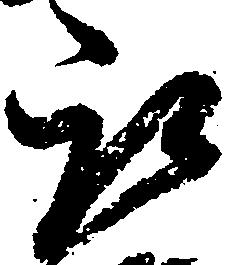
取